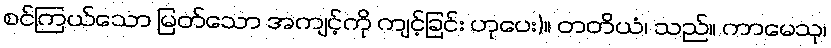
စင်ကြယ်သော မြတ်သော အကျင့်ကို ကျင့်ခြင်း ဟုပေး)။ တတိယံ၊ သည်။ ကာမေသု၊